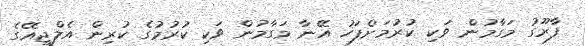
ފާރޫގު މަގާމުން ވަކި ކުރުމަށްފަހު އޭނާ މަގާމުން ވަކި ކުރުމުގެ ކުރިން އެލްޖީއޭގެ